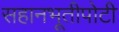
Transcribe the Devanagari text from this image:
सहानभूतीपोटी